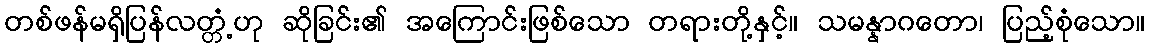
တစ်ဖန်မရှိပြန်လတ္တံ့ဟု ဆိုခြင်း၏ အကြောင်းဖြစ်သော တရားတို့နှင့်။ သမန္နာဂတော၊ ပြည့်စုံသော။